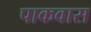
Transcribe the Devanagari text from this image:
पाकवास